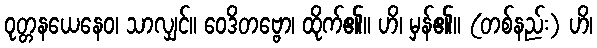
ဝုတ္တနယေနေဝ၊ သာလျှင်။ ဝေဒိတဗ္ဗော၊ ထိုက်၏။ ဟိ၊ မှန်၏။ (တစ်နည်း) ဟိ၊